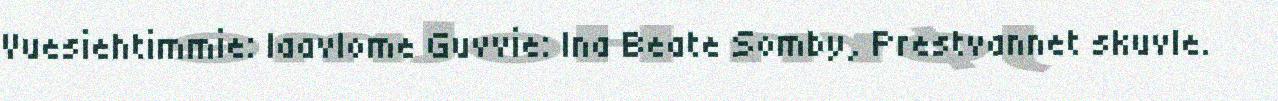
Vuesiehtimmie: laavlome Guvvie: Ina Beate Somby, Prestvannet skuvle.